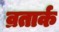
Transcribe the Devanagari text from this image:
व्रतार्क